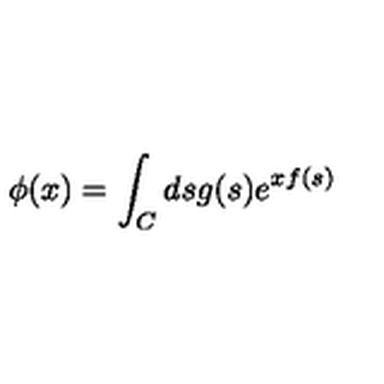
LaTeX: \phi ( x ) = \int _ { C } d s g ( s ) e ^ { x f ( s ) }